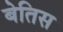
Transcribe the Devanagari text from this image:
बेतिस